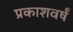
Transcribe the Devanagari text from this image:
प्रकाशवर्षं